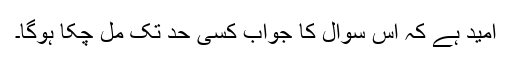
امید ہے کہ اس سوال کا جواب کسی حد تک مل چکا ہوگا۔